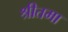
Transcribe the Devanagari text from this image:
श्रीतमा